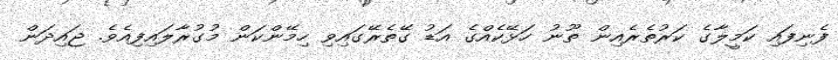
ފެނިފައި ކަމީލާގެ ކަރުތެރެއިން ތޫނު ހަޅޭކެއްގެ އަޑު ގޭތެރޭގައިވި ހިމޭންކަން މުގުރާލައިފިއެވެ. ޖައިދަން